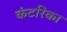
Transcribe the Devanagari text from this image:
कंटरिका